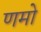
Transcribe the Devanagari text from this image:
णमो